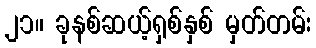
၂၁။ ခုနစ်ဆယ့်ရှစ်နှစ် မှတ်တမ်း